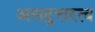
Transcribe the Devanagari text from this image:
असदुत्तरत्व